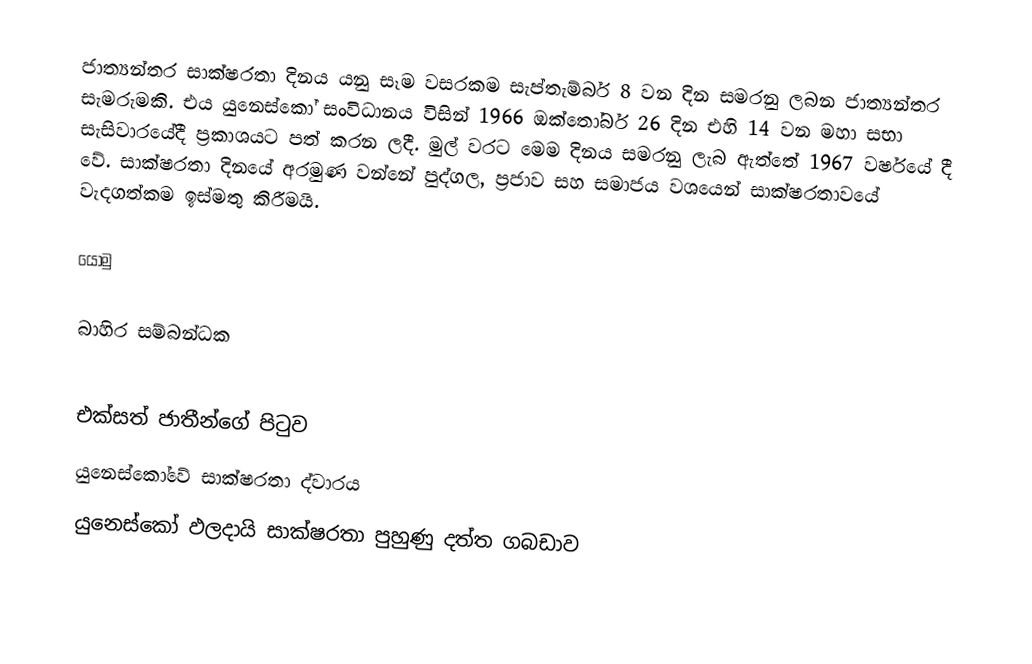
ජාත්‍යන්තර සාක්ෂරතා දිනය යනු සෑම වසරකම සැප්තැම්බර් 8 වන දින සමරනු ලබන ජාත්‍යන්තර සැමරුමකි. එය යුනෙස්කෝ සංවිධානය විසින් 1966 ඔක්තෝබර් 26 දින එහි 14 වන මහා සභා සැසිවාරයේදී ප්‍රකාශයට පත් කරන ලදී. මුල් වරට මෙම දිනය සමරනු ලැබ ඇත්තේ 1967 වර්ෂයේ දී වේ. සාක්ෂරතා දිනයේ අරමුණ වන්නේ පුද්ගල, ප්‍රජාව සහ සමාජය වශයෙන් සාක්ෂරතාවයේ වැදගත්කම ඉස්මතු කිරීමයි.

යොමු

බාහිර සම්බන්ධක

 එක්සත් ජාතීන්ගේ පිටුව
 යුනෙස්කෝවේ සාක්ෂරතා ද්වාරය
 යුනෙස්කෝ ඵලදායි සාක්ෂරතා පුහුණු දත්ත ගබඩාව